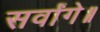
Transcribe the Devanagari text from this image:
सर्वांगे॥